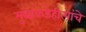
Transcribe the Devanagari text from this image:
मुद्यांकडेहीत्यांचे